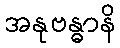
အနုဗန္ဓာနိ